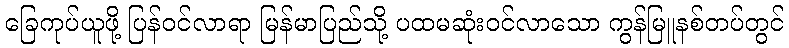
ခြေကုပ်ယူဖို့ ပြန်ဝင်လာရာ မြန်မာပြည်သို့ ပထမဆုံးဝင်လာသော ကွန်မြူနစ်တပ်တွင်